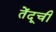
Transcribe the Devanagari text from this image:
तेंदूची